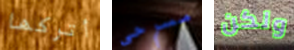
أتركها مسرحي ولكن